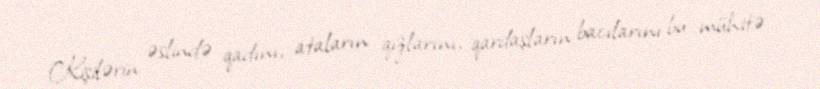
Kişilərin əslində qadını, ataların qızlarını, qardaşların bacılarını bu mühitə